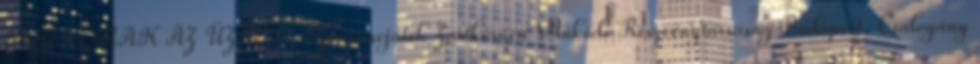
FOGALMAK AZ ÜZLETI Szerencsejáték Zártkörűen Működő Részvénytársaság Budapest, Csalogány